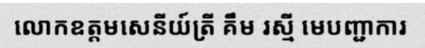
លោកឧត្តមសេនីយ៍ត្រី គឹម រស្មី មេបញ្ជាការ